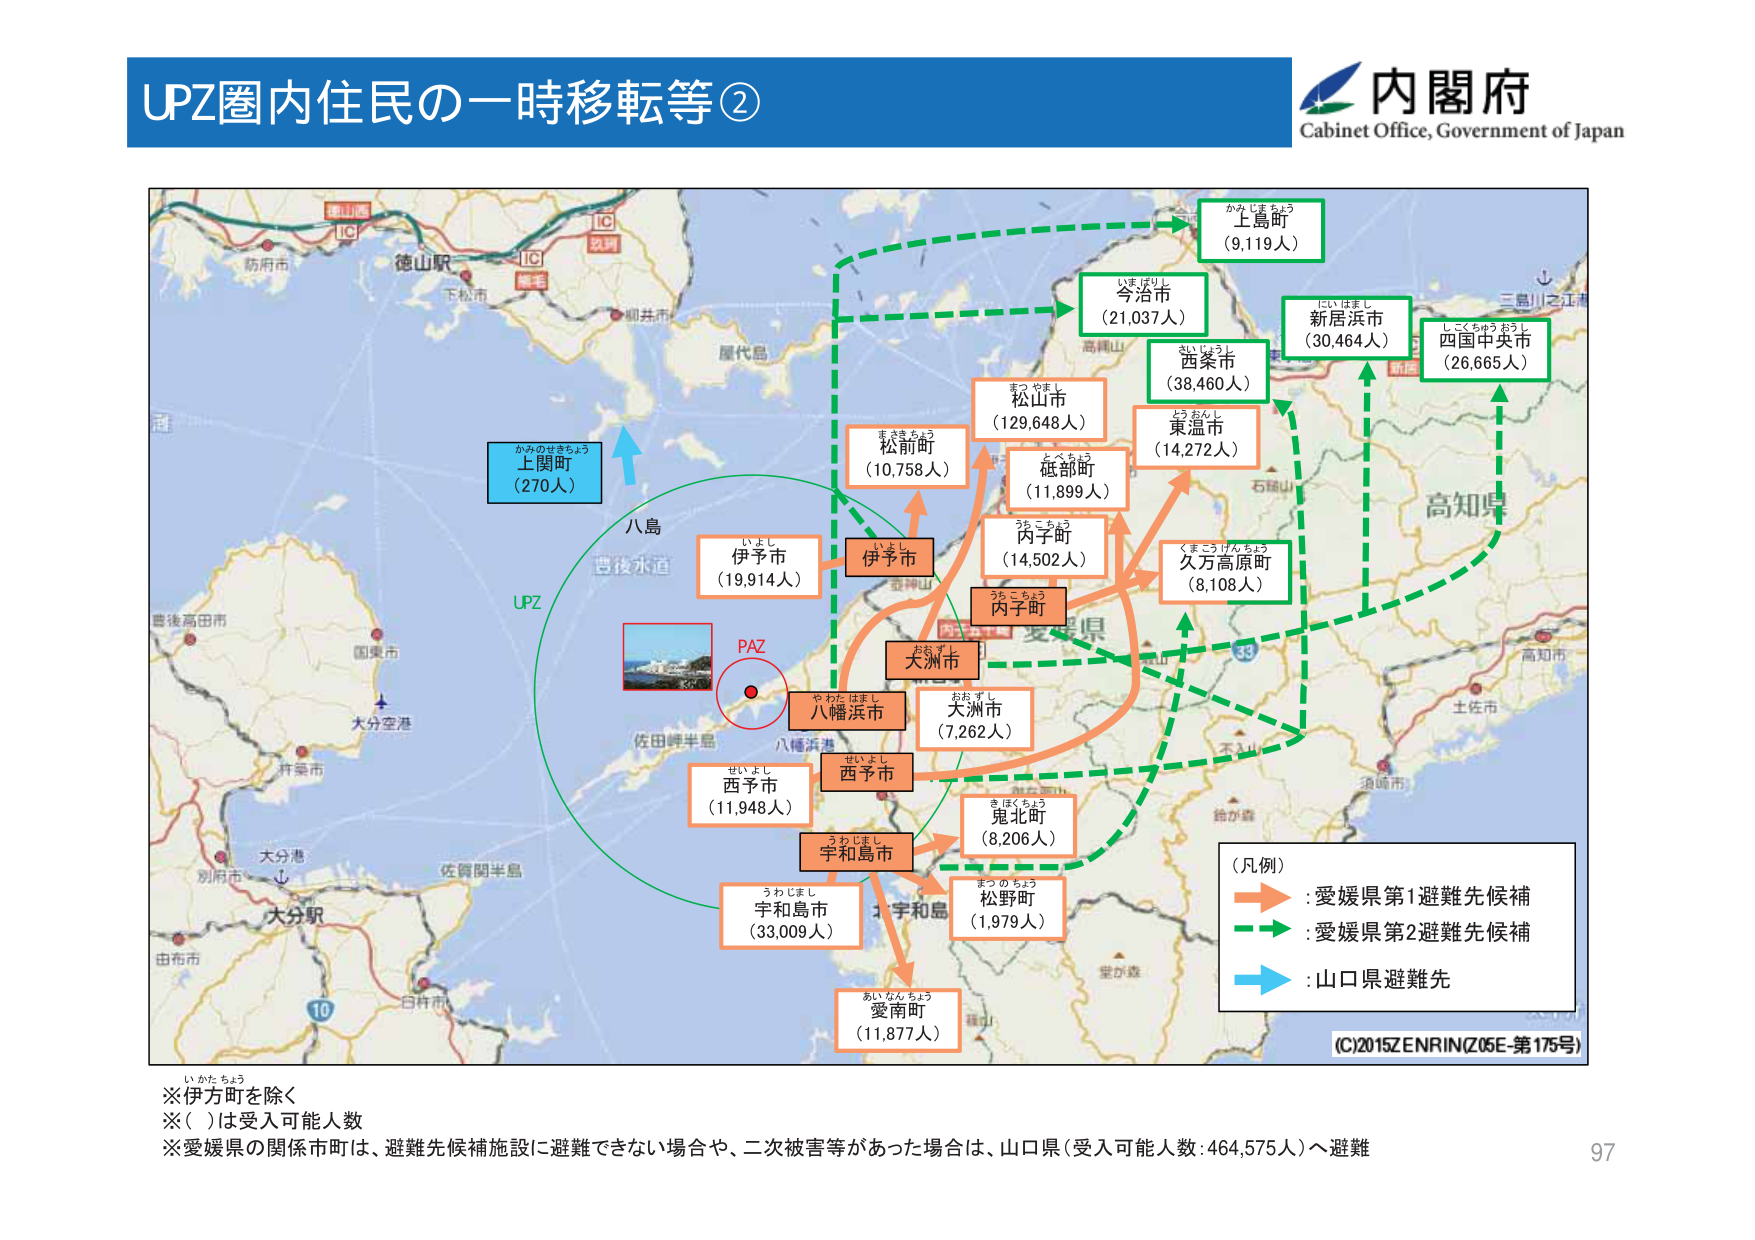
UPZ圏内住民の一時移転等②
内閣府
Cabinet Office, Government of Japan

かみじまちょう
上島町
（9,119人）

いまばりし
今治市
（21,037人）

にいはまし
新居浜市
（30,464人）

しこくちゅうおうし
四国中央市
（26,665人）

まつやまし
松山市
（129,648人）

とうあんし
東温市
（14,272人）

まえさきちょう
松前町
（10,758人）

とべちょう
砥部町
（11,899人）

うちこちょう
内子町
（14,502人）

くまこうけんちょう
久万高原町
（8,108人）

いよし
伊予市
（19,914人）

おおずし
大洲市
（7,262人）

やわたはまし
八幡浜市
（11,948人）

せいよし
西予市
（11,948人）

うわじまし
宇和島市
（33,009人）

きほくちょう
鬼北町
（8,206人）

まつのちょう
松野町
（1,979人）

あいなんちょう
愛南町
（11,877人）

かみのせきちょう
上関町
（270人）

八島
豊後水道
UPZ
PAZ

（凡例）
→ : 愛媛県第1避難先候補
→ : 愛媛県第2避難先候補
→ : 山口県避難先

(C)2015 ZENRIN (Z05E-第175号)

※伊方町を除く
※（）は受入可能人数
※愛媛県の関係市町は、避難先候補施設に避難できない場合や、二次被害等があった場合は、山口県（受入可能人数：464,575人）へ避難

97